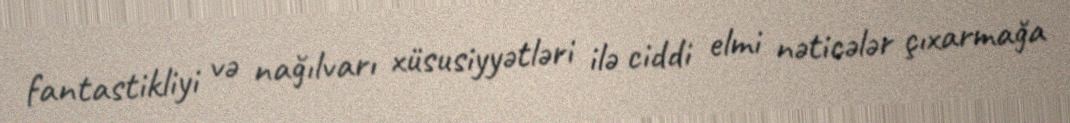
fantastikliyi və nağılvarı xüsusiyyətləri ilə ciddi elmi nəticələr çıxarmağa